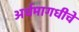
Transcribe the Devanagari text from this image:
अर्धमागधीचे